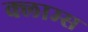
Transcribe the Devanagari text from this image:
क्लाम्स